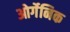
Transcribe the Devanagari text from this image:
ओर्गेनिक